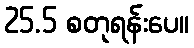
25.5 စတုရန်းပေ။